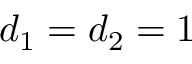
d _ { 1 } = d _ { 2 } = 1